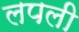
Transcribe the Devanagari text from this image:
लपली